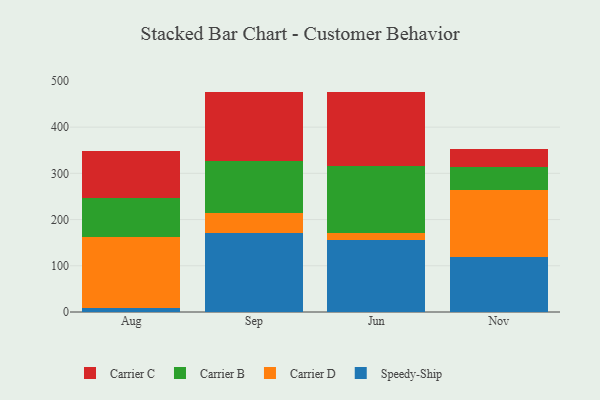
{"axis": {"x": "Month", "y": "Headcount"}, "legend": ["Carrier B", "Carrier C", "Carrier D", "Speedy-Ship"], "data": [{"x": "Aug", "y": 9.6, "type": "Speedy-Ship"}, {"x": "Aug", "y": 153.7, "type": "Carrier D"}, {"x": "Aug", "y": 83.1, "type": "Carrier B"}, {"x": "Aug", "y": 103.0, "type": "Carrier C"}, {"x": "Sep", "y": 171.7, "type": "Speedy-Ship"}, {"x": "Sep", "y": 42.7, "type": "Carrier D"}, {"x": "Sep", "y": 113.2, "type": "Carrier B"}, {"x": "Sep", "y": 148.1, "type": "Carrier C"}, {"x": "Jun", "y": 155.0, "type": "Speedy-Ship"}, {"x": "Jun", "y": 16.2, "type": "Carrier D"}, {"x": "Jun", "y": 145.4, "type": "Carrier B"}, {"x": "Jun", "y": 160.3, "type": "Carrier C"}, {"x": "Nov", "y": 118.5, "type": "Speedy-Ship"}, {"x": "Nov", "y": 144.8, "type": "Carrier D"}, {"x": "Nov", "y": 51.2, "type": "Carrier B"}, {"x": "Nov", "y": 37.5, "type": "Carrier C"}]}